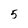
Character: 5